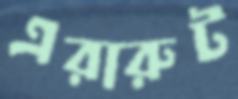
এরারুট